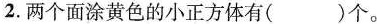
2.两个面涂黄色的小正方体有( )个。